Civil Veterinary Department. Madras. Admin. report 1910-25 - 1910-1925
Year: 1910
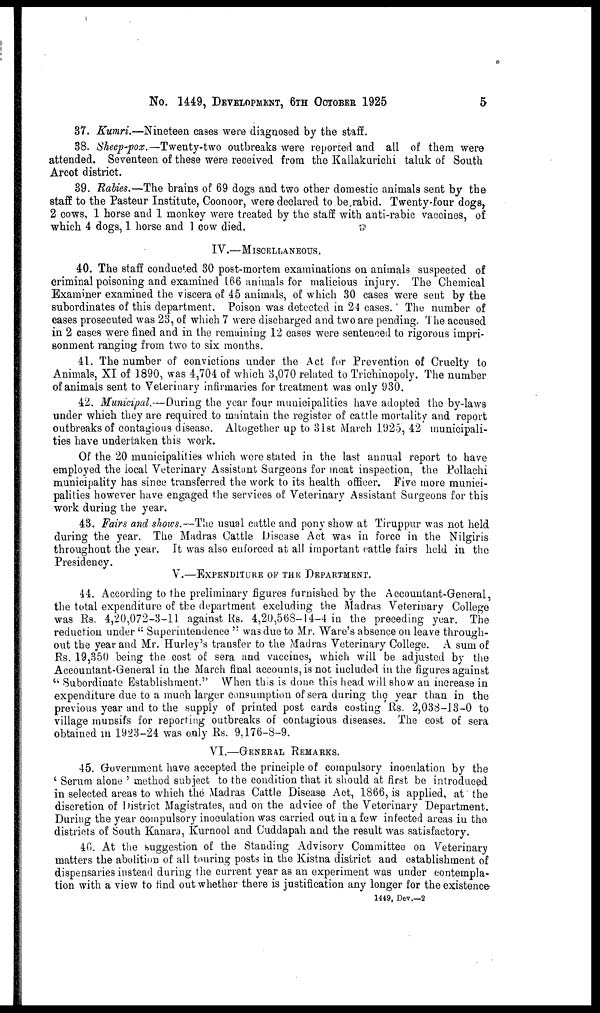
No. 1449, DEVELOPMENT, 6TH OCTOBER 1925
5
37. Kumri.—Nineteen cases were diagnosed by the staff.
38. Sheep-pox.—Twenty-two outbreaks were reported and all of them were
attended. Seventeen of these were received from the Kallakurichi taluk of South
Arcot district.
39. Rabies.—The brains of 69 dogs and two other domestic animals sent by the
staff to the Pasteur Institute, Coonoor, were declared to be rabid. Twenty-four dogs,
2 cows, 1 horse and 1 monkey were treated by the staff with anti-rabic vaccines, of
which 4 dogs, 1 horse and 1 cow died.
IV.—MISCELLANEOUS.
40. The staff conducted 30 po8t-mortem examinations on animals suspected of
criminal poisoning and examined 166 animals for malicious injury. The Chemical
Examiner examined the viscera of 45 animals, of which 30 cases were sent by the
subordinates of this department. Poison was detected in 24 cases. The number of
cases prosecuted was 23, of which 7 were discharged and two are pending. The accused
in 2 cases were fined and in the remaining 12 cases were sentenced to rigorous impri-
sonment ranging from two to six months.
41. The number of convictions under the Act for Prevention of Cruelty to
Animals, XI of 1890, was 4,704 of which 3,070 related to Trichinopoly. The number
of animals sent to Veterinary infirmaries for treatment was only 930.
42. Municipal.--During the year four municipalities have adopted the by-laws
under which they are required to maintain the register of cattle mortality and report
outbreaks of contagious disease. Altogether up to 31st March 1925, 42 municipali-
ties have undertaken this work.
Of the 20 municipalities which were stated in the last annual report to have
employed the local Veterinary Assistant Surgeons for meat inspection, the Pollachi
municipality has since transferred the work to its health officer. Five more munici-
palities however have engaged the services of Veterinary Assistant Surgeons for this
work during the year.
43. Fairs and shows.—The usual cuttle and pony show at Tiruppur was not held
during the year. The Madras Cattle Disease Act was in force in the Nilgiris
throughout the year. It was also enforced at all important cattle fairs held in the
Presidency.
V.—EXPENDITURE OF THE DEPARTMENT.
44. According to the preliminary figures furnished by the Accountant-General,
the total expenditure of the department excluding the Madras Veterinary College
was Rs. 4,20,072-3-11 against Rs. 4,20,568-14-4 in the preceding year. The
reduction under "Superintendence" was due to Mr. Ware's absence on leave through-
out the year and Mr. Hurley's transfer to the Madras Veterinary College. A sum of
Rs. 19,350 being the cost of sera and vaccines, which will be adjusted by the
Accountant-General in the March final accounts, is not included in the figures against
"Subordinate Establishment." When this is done this head will show an increase in
expenditure due to a much larger consumption of sera during the year than in the
previous year and to the supply of printed post cards costing Rs. 2,038-13-0 to
village munsifs for reporting outbreaks of contagious diseases. The cost of sera
obtained in 1923-24 was only Rs. 9,176-8-9.
VI.—GENERAL REMARKS.
45. Government have accepted the principle of compulsory inoculation by the
'Serum alone' method subject to the condition that it should at first be introduced
in selected areas to which the Madras Cattle Disease Act, 1866, is applied, at the
discretion of District Magistrates, and on the advice of the Veterinary Department.
During the year compulsory inoculation was carried out in a few infected areas in the
districts of South Kanara, Kurnool and Cuddapah and the result was satisfactory.
46. At the suggestion of the Standing Advisory Committee on Veterinary
matters the abolition of all touring posts in the Kistna district and establishment of
dispensaries instead during the current year as an experiment was under contempla-
tion with a view to find out whether there is justification any longer for the existence
1449, Dev.—2